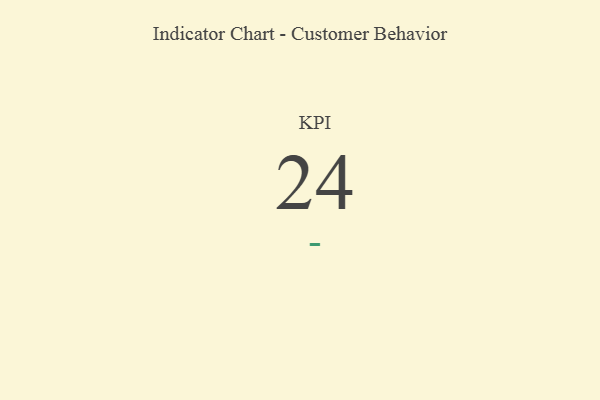
{"axis": {"x": "KPI", "y": "Value"}, "legend": [""], "data": [{"x": "KPI", "y": 24, "type": ""}]}